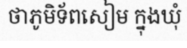
ថាភូមិទ័ពសៀម ក្នុងឃុំ